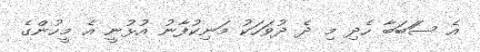
އެ ސަަބަބާ ހެދި މި ދެ ދުވަހަކު މަނިކުފާނު އުޅުނީ އެ މީހުންގެ